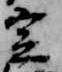
定